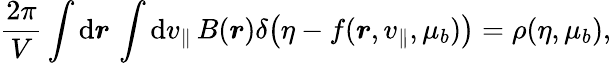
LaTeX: \frac{2\pi}{V}\int\mathrm{d}\boldsymbol{r}\, \int\mathrm{d}v_{\parallel}\, B(\boldsymbol{r})\delta\big(\eta-f(\boldsymbol{r},v_{\parallel},\mu_{b})\big)=\rho(\eta,\mu_{b}),